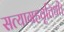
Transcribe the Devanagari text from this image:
सत्याग्रहवृत्तिथी।